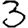
Digit: 3